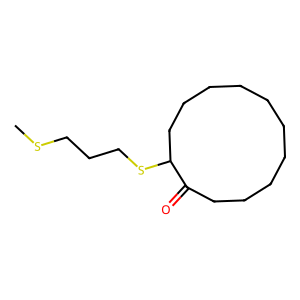
SMILES: CSCCCSC1CCCCCCCCCCC1=O
Inhibits HIV replication: No